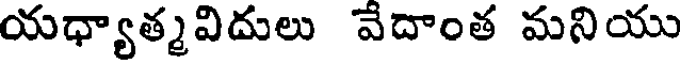
యధ్యాత్మవిదులు వేదాంత మనియు